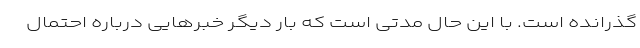
گذرانده است. با این حال مدتی است که بار دیگر خبرهایی درباره احتمال